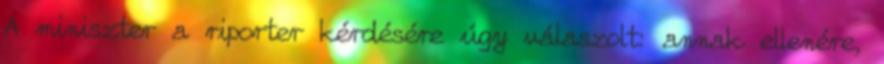
A miniszter a riporter kérdésére úgy válaszolt: annak ellenére,